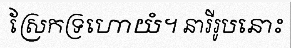
ស្រែកទ្រហោយំ។ នារីរូបនោះ